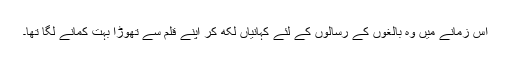
اس زمانے میں وہ بالغوں کے رسالوں کے لئے کہانیاں لکھ کر اپنے قلم سے تھوڑا بہت کمانے لگا تھا۔